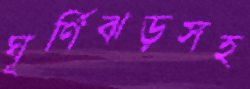
ঘূর্ণিঝড়সহ